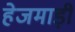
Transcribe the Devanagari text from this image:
हेजमाड़ी